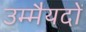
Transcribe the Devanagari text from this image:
उम्मैयदों